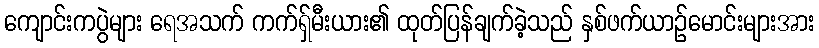
ကျောင်းကပွဲများ ရေအသက် ကက်ရှ်မီးယား၏ ထုတ်ပြန်ချက်ခဲ့သည် နှစ်ဖက်ယာဉ်မောင်းများအား